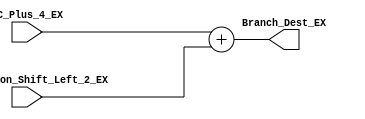
// Comments and desciption of modules have been deliberately ommitted.
// It is up to the student to document and describe the system.

module EX_PC_Add(
		 input [31:0]  PC_Plus_4_EX,
		 input [31:0]  Instruction_Shift_Left_2_EX,
		 output [31:0] Branch_Dest_EX
		 );

   assign Branch_Dest_EX = PC_Plus_4_EX + Instruction_Shift_Left_2_EX;

endmodule // EX_PC_Add